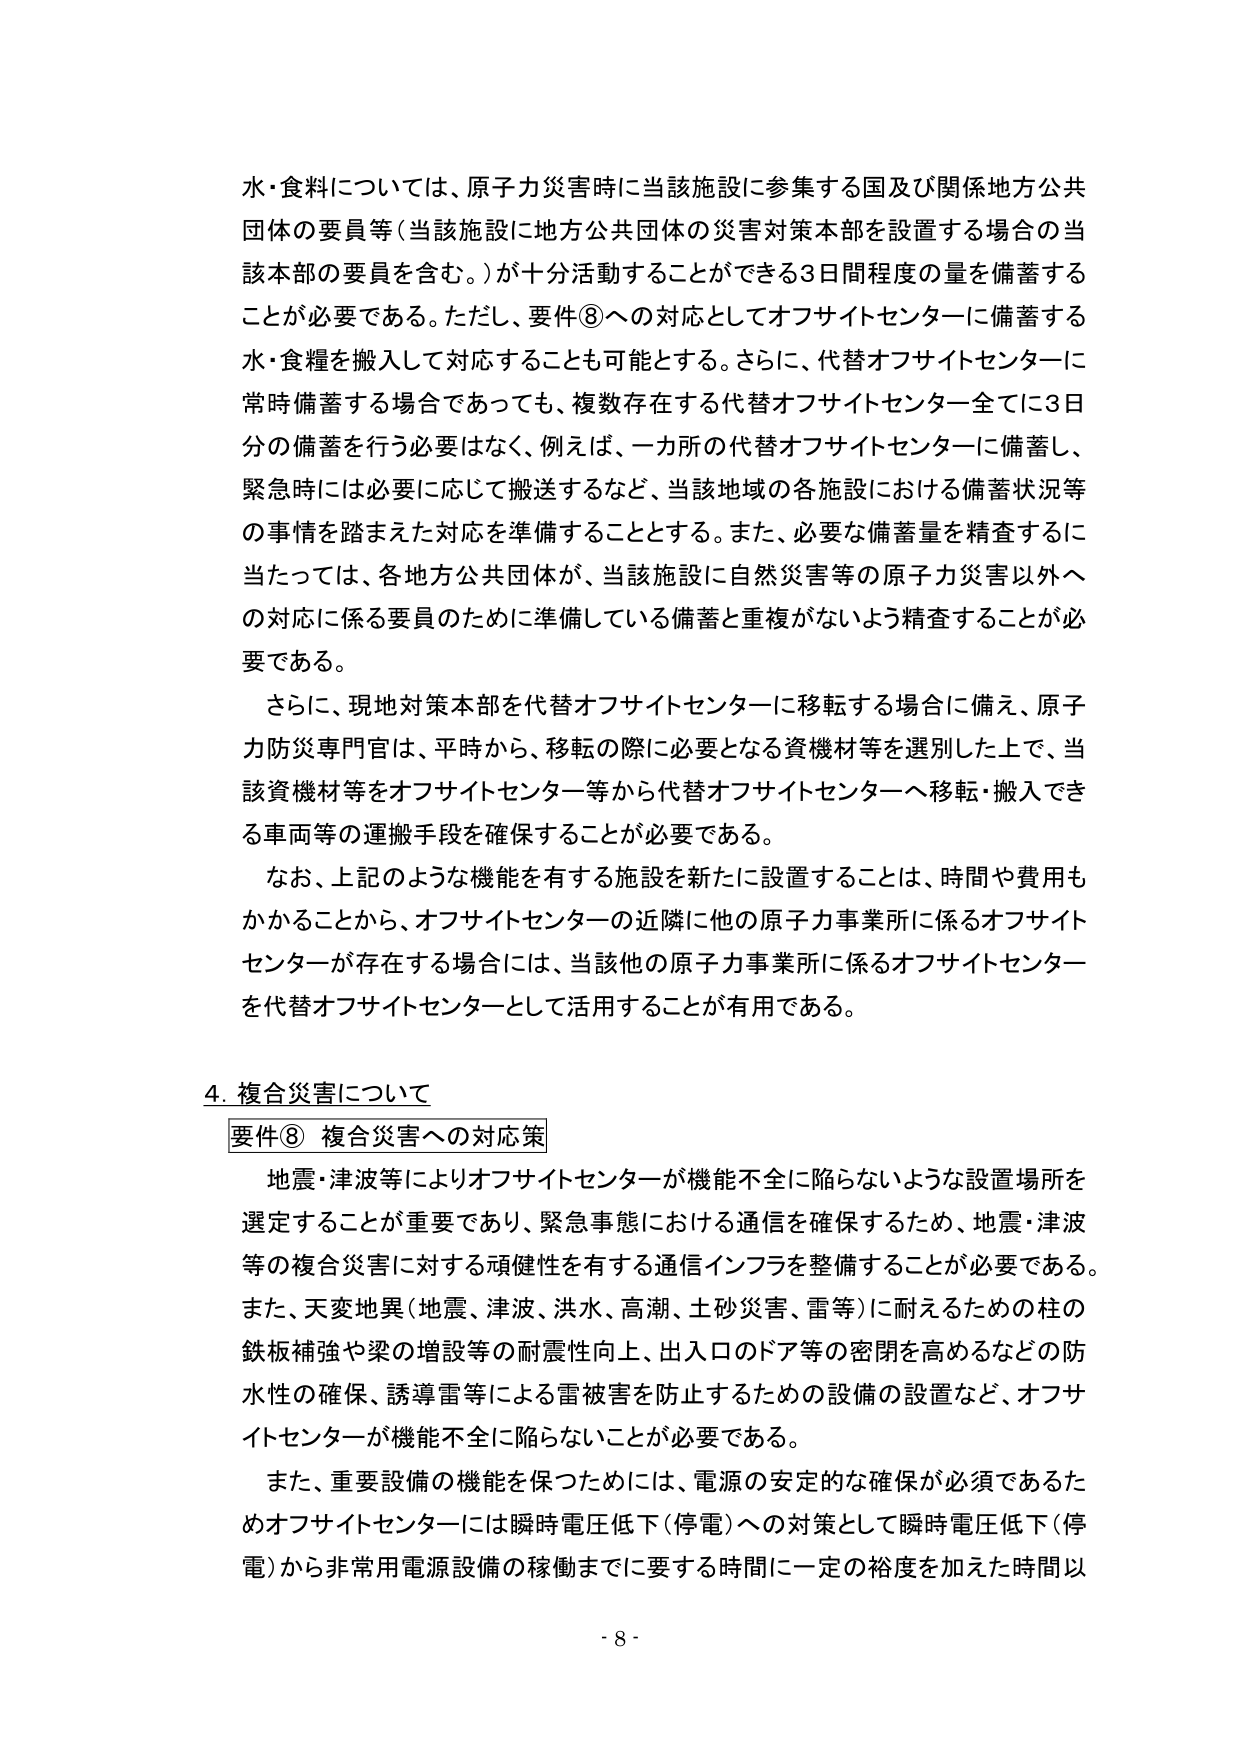
水・食料については、原子力災害時に当該施設に参集する国及び関係地方公共団体の要員等（当該施設に地方公共団体の災害対策本部を設置する場合の当該本部の要員を含む。）が十分活動することができる3日間程度の量を備蓄することが必要である。ただし、要件⑧への対応としてオフサイトセンターに備蓄する水・食糧を搬入して対応することも可能とする。さらに、代替オフサイトセンターに常時備蓄する場合であっても、複数存在する代替オフサイトセンター全てに3日分の備蓄を行う必要はなく、例えば、一カ所の代替オフサイトセンターに備蓄し、緊急時には必要に応じて搬送するなど、当該地域の各施設における備蓄状況等の事情を踏まえた対応を準備することとする。また、必要な備蓄量を精査するに当たっては、各地方公共団体が、当該施設に自然災害等の原子力災害以外への対応に係る要員のために準備している備蓄と重複がないよう精査することが必要である。

さらに、現地対策本部を代替オフサイトセンターに移転する場合に備え、原子力防災専門官は、平時から、移転の際に必要となる資機材等を選別した上で、当該資機材等をオフサイトセンター等から代替オフサイトセンターへ移転・搬入できる車両等の運搬手段を確保することが必要である。

なお、上記のような機能を有する施設を新たに設置することは、時間や費用もかかることから、オフサイトセンターの近隣に他の原子力事業所に係るオフサイトセンターが存在する場合には、当該他の原子力事業所に係るオフサイトセンターを代替オフサイトセンターとして活用することが有用である。

4. 複合災害について

要件⑧ 複合災害への対応策

地震・津波等によりオフサイトセンターが機能不全に陥らないような設置場所を選定することが重要であり、緊急事態における通信を確保するため、地震・津波等の複合災害に対する頑健性を有する通信インフラを整備することが必要である。また、天変地異（地震、津波、洪水、高潮、土砂災害、雷等）に耐えるための柱の鉄板補強や梁の増設等の耐震性向上、出入口のドア等の密閉を高めるなどの防水性の確保、誘導雷等による雷被害を防止するための設備の設置など、オフサイトセンターが機能不全に陥らないことが必要である。

また、重要設備の機能を保つためには、電源の安定的な確保が必須であるためオフサイトセンターには瞬時電圧低下（停電）への対策として瞬時電圧低下（停電）から非常用電源設備の稼働までに要する時間に一定の裕度を加えた時間以

- 8 -